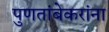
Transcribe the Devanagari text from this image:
पुणतांबेकरांना